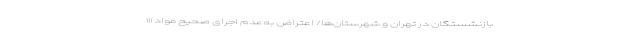
بازنشستگان در تهران و شهرستان‌ها/ اعتراض به‌عدم اجرای صحیح مواد ۱۱۱